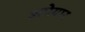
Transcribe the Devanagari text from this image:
अपेयार